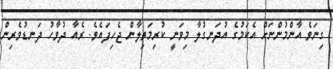
ގިނަވެ އާންމުންނަށް އެކަމުގެ އުދަނގުލާ މިވަނީ ކުރިމަތިލާން ޖެހިފައެވެ. ރެއާ ދުވާހު ދަނޑުވެރިން